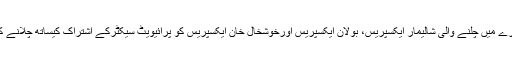
دوسری جانب خسارے میں چلنے والی شالیمار ایکسپریس، بولان ایکسپریس اورخوشخال خان ایکسپریس کو پرائیویٹ سیکٹرکے اشتراک کیساتھ چلانے کا فیصلہ کیا گیا تھا۔